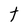
Character: t